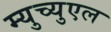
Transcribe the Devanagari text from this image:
म्युच्युएल